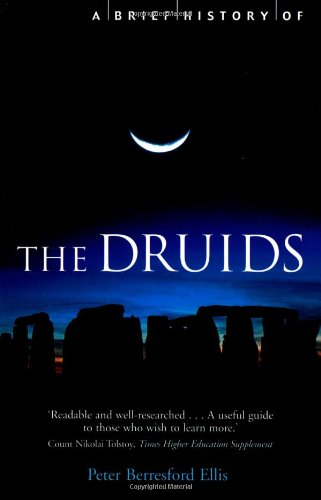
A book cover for A Brief History of the Druids (The Brief History); Peter Berresford Ellis; Religion & Spirituality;